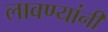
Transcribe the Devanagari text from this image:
लावण्यांनी